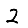
Digit: 2